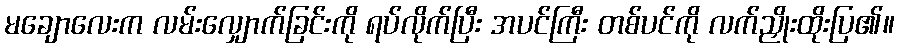
မချောလေးက လမ်းလျှောက်ခြင်းကို ရပ်လိုက်ပြီး အပင်ကြီး တစ်ပင်ကို လက်ညှိုးထိုးပြ၏။